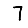
Digit: 7